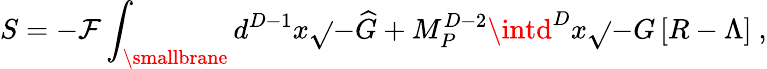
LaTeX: S=-\mathcal{F}\int_{\mathrm{{{\smallbrane}}}}d^{D-1}x\sqrt{}{{-{\widehat{G}}}}+M_{P}^{D-2}\intd^{D}x\sqrt{}{{-G}}\left[R-\Lambda\right]~,